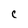
Character: c